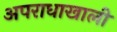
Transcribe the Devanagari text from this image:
अपराधाखाली